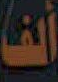
ألف